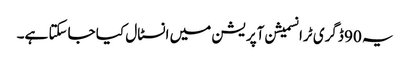
یہ 90 ڈگری ٹرانسمیشن آپریشن میں انسٹال کیا جاسکتا ہے۔